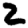
Digit: 2